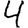
Digit: 4